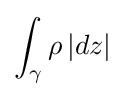
\int _{\gamma }\rho \,|dz|